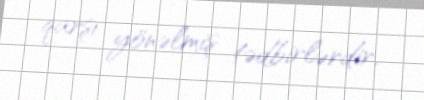
qarşı yönəlmiş tədbirlərdir.